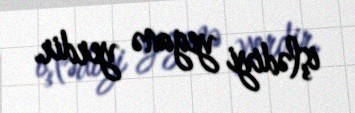
işlədiyi yeganə yerdir.